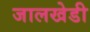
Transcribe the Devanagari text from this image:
जालखेडी